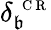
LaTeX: \delta_{\mathfrak{b}}^{\mathrm{{~\scriptsize~C~R~}}}